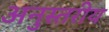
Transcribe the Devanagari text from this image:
अनुस्तरीय